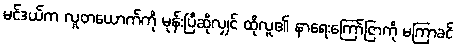
မင်ဒယ်က လူတယောက်ကို မုန်းပြီဆိုလျှင် ထိုလူ၏ နာရေးကြော်ငြာကို မကြာခင်